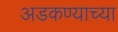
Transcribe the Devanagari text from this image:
अडकण्याच्या